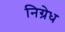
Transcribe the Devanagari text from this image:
निग्रेध